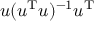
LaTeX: u ( u ^ { \mathrm { T } } u ) ^ { - 1 } u ^ { \mathrm { T } }